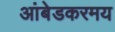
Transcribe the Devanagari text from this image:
आंबेडकरमय